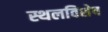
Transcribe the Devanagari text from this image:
स्थलविशेष